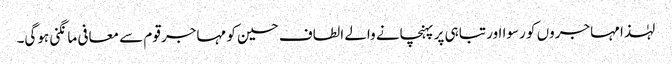
لہٰذا مہاجروں کو رسوا اور تباہی پر پہنچانے والے الطاف حسین کو مہاجر قوم سے معافی مانگنی ہوگی۔